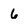
Character: 6